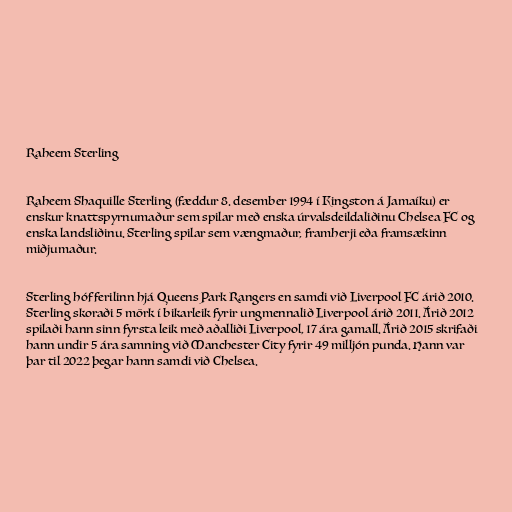
Raheem Sterling

Raheem Shaquille Sterling (fæddur 8. desember 1994 í Kingston á Jamaíku) er
enskur knattspyrnumaður sem spilar með enska úrvalsdeildaliðinu Chelsea FC og
enska landsliðinu. Sterling spilar sem vængmaður, framherji eða framsækinn
miðjumaður.

Sterling hóf ferilinn hjá Queens Park Rangers en samdi við Liverpool FC árið 2010.
Sterling skoraði 5 mörk í bikarleik fyrir ungmennalið Liverpool árið 2011. Árið 2012
spilaði hann sinn fyrsta leik með aðalliði Liverpool, 17 ára gamall. Árið 2015 skrifaði
hann undir 5 ára samning við Manchester City fyrir 49 milljón punda. Hann var
þar til 2022 þegar hann samdi við Chelsea.